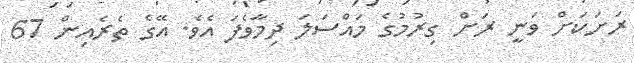
ރަށަކަށް ވަނީ ރަށް ގިރުމުގެ މައްސަލަ ދިމާވެފަ އެވެ. އޭގެ ތެރެއިން 67